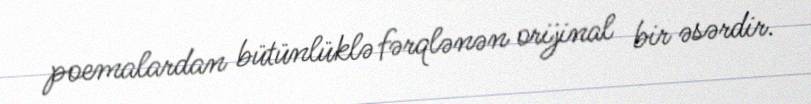
poemalardan bütünlüklə fərqlənən orijinal bir əsərdir.